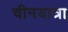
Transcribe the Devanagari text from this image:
चीनयात्रा